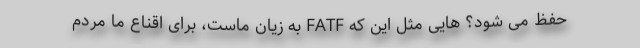
حفظ می شود؟ هایی مثل این که FATF به زیان ماست، برای اقناع ما مردم